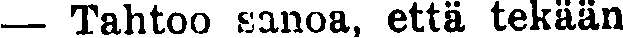
— Tahtoo sanoa, että tekään